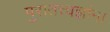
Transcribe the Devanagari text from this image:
पुरातत्त्वज्ञांना